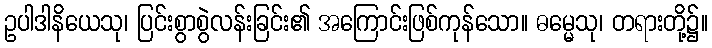
ဥပါဒါနိယေသု၊ ပြင်းစွာစွဲလန်းခြင်း၏ အကြောင်းဖြစ်ကုန်သော။ ဓမ္မေသု၊ တရားတို့၌။